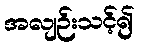
အလျဉ်းသင့်၍